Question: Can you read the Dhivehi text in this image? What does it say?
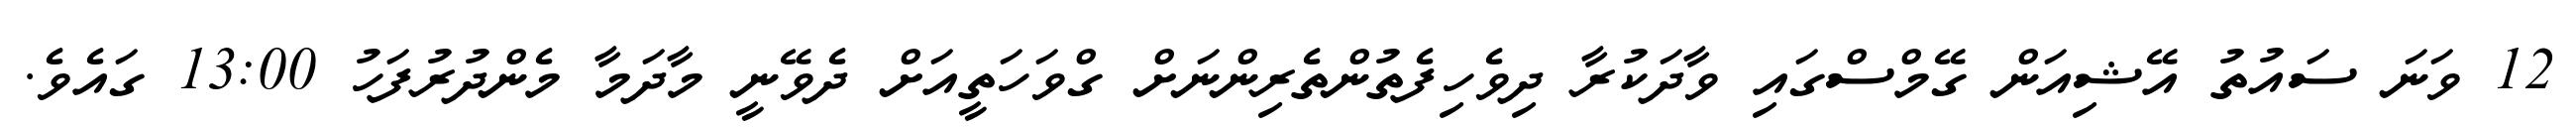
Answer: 12 ވަނަ ސައުތު އޭޝިއަން ގޭމްސްގައި ވާދަކުރާ ދިވެހިފެތުންތެރިންނަށް ގްވަހަތީއަށް ދެވޭނީ މާދަމާ މެންދުރުފަހު 13:00 ގައެވެ.